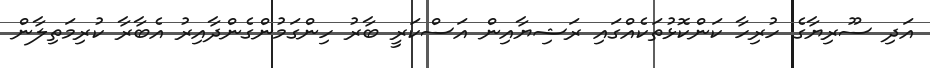
އަދި ސޫރިޔާގެ ހުރިހާ ކަންކޮޅުތަކެއްގައި ރަޝިޔާއިން އަސްކަރީ ބާރު ހިންގަމުންގެންދާއިރު އެބާރާ ކުރިމަތިލާން